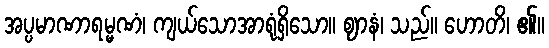
အပ္ပမာဏာရမ္မဏံ၊ ကျယ်သောအာရုံရှိသော။ ဈာနံ၊ သည်။ ဟောတိ၊ ၏။